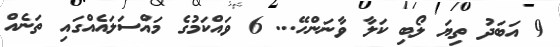
9 އަބަދު ތިޔަ ލޯބި ކަލާ ވާނަންހޭ... 6 ވައްކަމުގެ މައްސަލައެއްގައި ތަނެއް